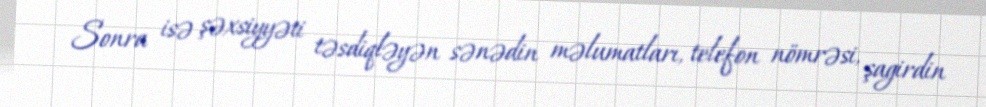
Sonra isə şəxsiyyəti təsdiqləyən sənədin məlumatları, telefon nömrəsi, şagirdin